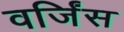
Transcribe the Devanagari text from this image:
वर्जिंस